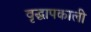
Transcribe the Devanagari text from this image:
वृद्धापकाली